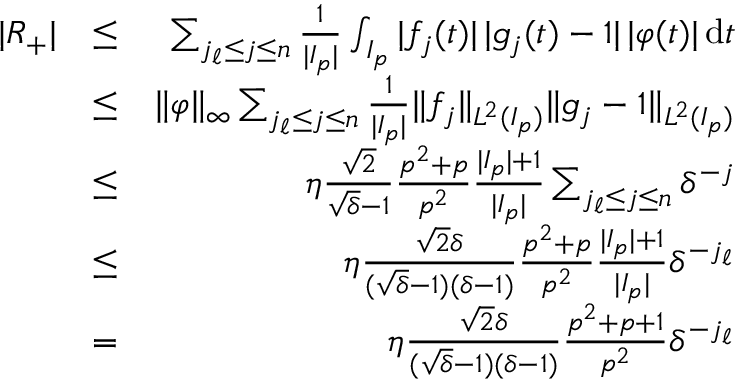
\begin{array} { r l r } { | R _ { + } | } & { \leq } & { \sum _ { j _ { \ell } \leq j \leq n } \frac { 1 } { | I _ { p } | } \int _ { I _ { p } } | f _ { j } ( t ) | \, | g _ { j } ( t ) - 1 | \, | \varphi ( t ) | \, \mathrm { d } t } \\ & { \leq } & { \| \varphi \| _ { \infty } \sum _ { j _ { \ell } \leq j \leq n } \frac { 1 } { | I _ { p } | } \| f _ { j } \| _ { L ^ { 2 } ( I _ { p } ) } \| g _ { j } - 1 \| _ { L ^ { 2 } ( I _ { p } ) } } \\ & { \leq } & { \eta \frac { \sqrt { 2 } } { \sqrt { \delta } - 1 } \frac { p ^ { 2 } + p } { p ^ { 2 } } \frac { | I _ { p } | + 1 } { | I _ { p } | } \sum _ { j _ { \ell } \leq j \leq n } \delta ^ { - j } } \\ & { \leq } & { \eta \frac { \sqrt { 2 } \delta } { ( \sqrt { \delta } - 1 ) ( \delta - 1 ) } \frac { p ^ { 2 } + p } { p ^ { 2 } } \frac { | I _ { p } | + 1 } { | I _ { p } | } \delta ^ { - j _ { \ell } } } \\ & { = } & { \eta \frac { \sqrt { 2 } \delta } { ( \sqrt { \delta } - 1 ) ( \delta - 1 ) } \frac { p ^ { 2 } + p + 1 } { p ^ { 2 } } \delta ^ { - j _ { \ell } } } \end{array}